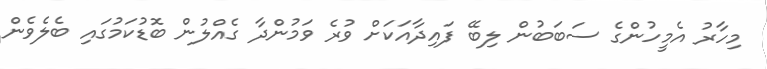
މިހާރު އެމީހުންގެ ސަބަބުން ލިބޭ ފައިދާއަކަށް ވުރެ ވަމުންދާ ގެއްލުން ބޮޑުކަމުގައި ބެލެވެން